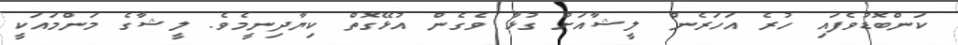
ކަންބޮޑުވެފައި ހުރެ އަހަރެން ލީޝާއަށް ގުޅާ ވެގެން އުޅޭގޮތް ކިޔާދިނީމެވެ. ލީޝާގެ މަންމައަކީ